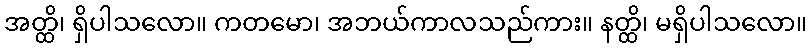
အတ္ထိ၊ ရှိပါသလော။ ကတမော၊ အဘယ်ကာလသည်ကား။ နတ္ထိ၊ မရှိပါသလော။